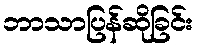
ဘာသာပြန်ဆိုခြင်း